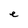
Character: e